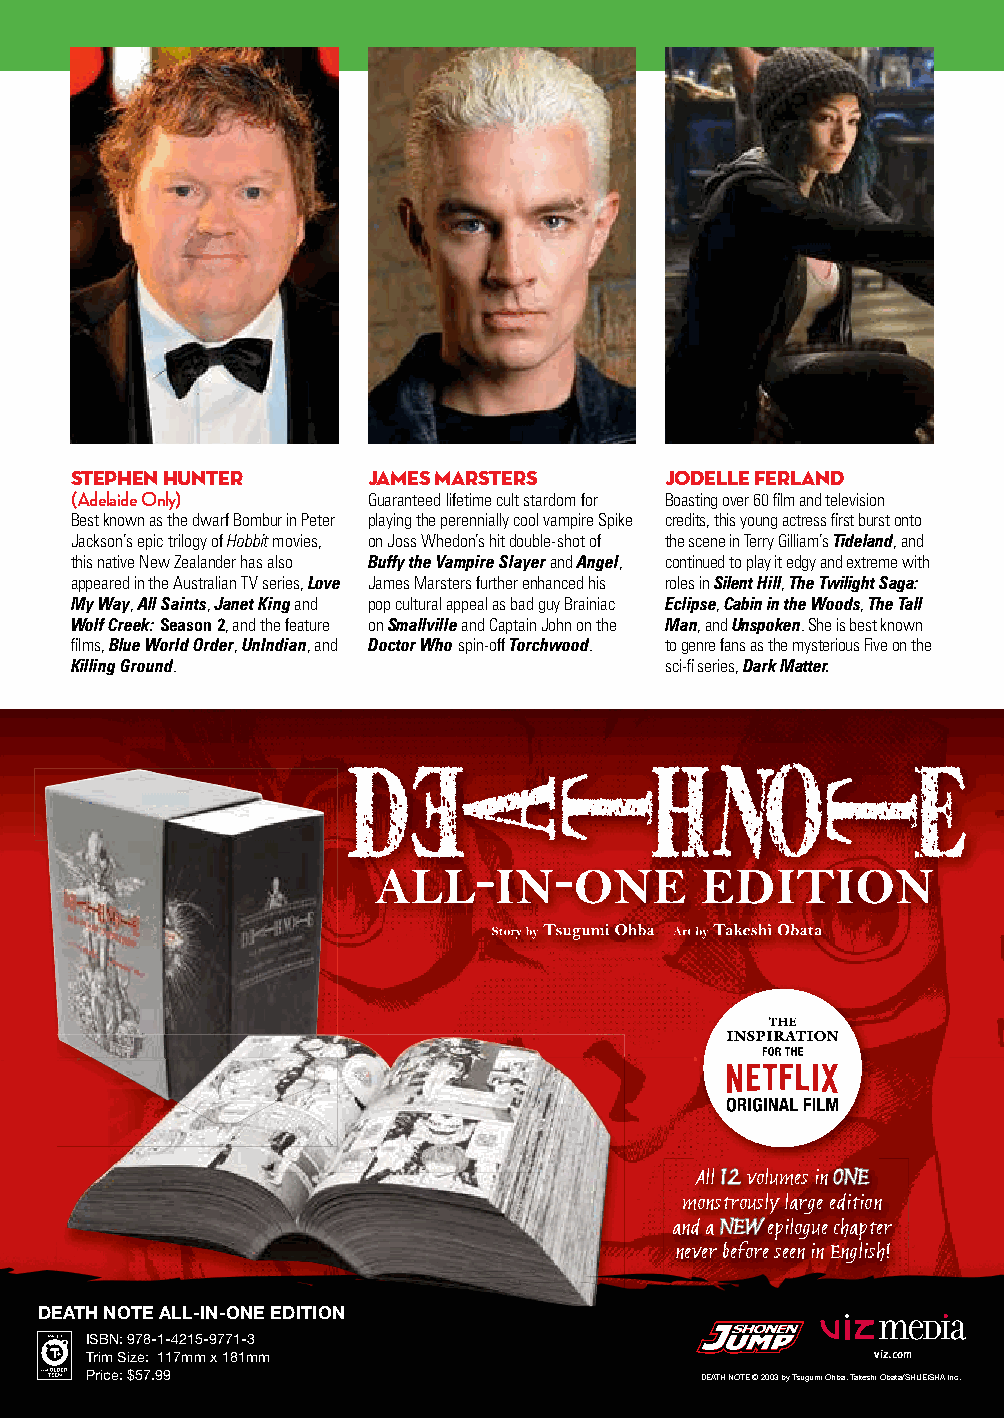
STEPHEN HUNTER     JAMES MARSTERS      JODELLE FERLAND
 (Adelaide Only)    Guaranteed lifetime cult stardom for Boasting over 60 film and television
 Best known as the dwarf Bombur in Peter playing the perennially cool vampire Spike credits, this young actress first burst onto
 Jackson’s epic trilogy of Hobbit movies, on Joss Whedon’s hit double-shot of the scene in Terry Gilliam’s Tideland, and
 this native New Zealander has also Buffy the Vampire Slayer and Angel, continued to play it edgy and extreme with
 appeared in the Australian TV series, Love James Marsters further enhanced his roles in Silent Hill, The Twilight Saga:
 My Way, All Saints, Janet King and pop cultural appeal as bad guy Brainiac Eclipse, Cabin in the Woods, The Tall
 Wolf Creek: Season 2, and the feature on Smallville and Captain John on the Man, and Unspoken. She is best known
 films, Blue World Order, UnIndian, and Doctor Who spin-off Torchwood. to genre fans as the mysterious Five on the
 Killing Ground.                        sci-fi series, Dark Matter.
 All 12 volumes in ONE
 monstrously large edition
 and a NEW epilogue chapter
 never before seen in English!
 DEATH NOTE ALL-IN-ONE EDITION
 ISBN: 978-1-4215-9771-3
 Trim Size: 117mm x 181mm                            viz.com
 Price: $57.99                           DEATH NOTE © 2003 by Tsugumi Ohba, Takeshi Obata/SHUEISHA Inc.
 SuperNovaBrisbaneBagStufferAd_f3_ml.indd 3                10/18/17 10:43 AM